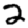
Digit: 2